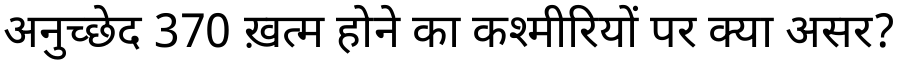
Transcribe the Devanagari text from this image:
अनुच्छेद 370 ख़त्म होने का कश्मीरियों पर क्या असर?